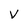
Character: V